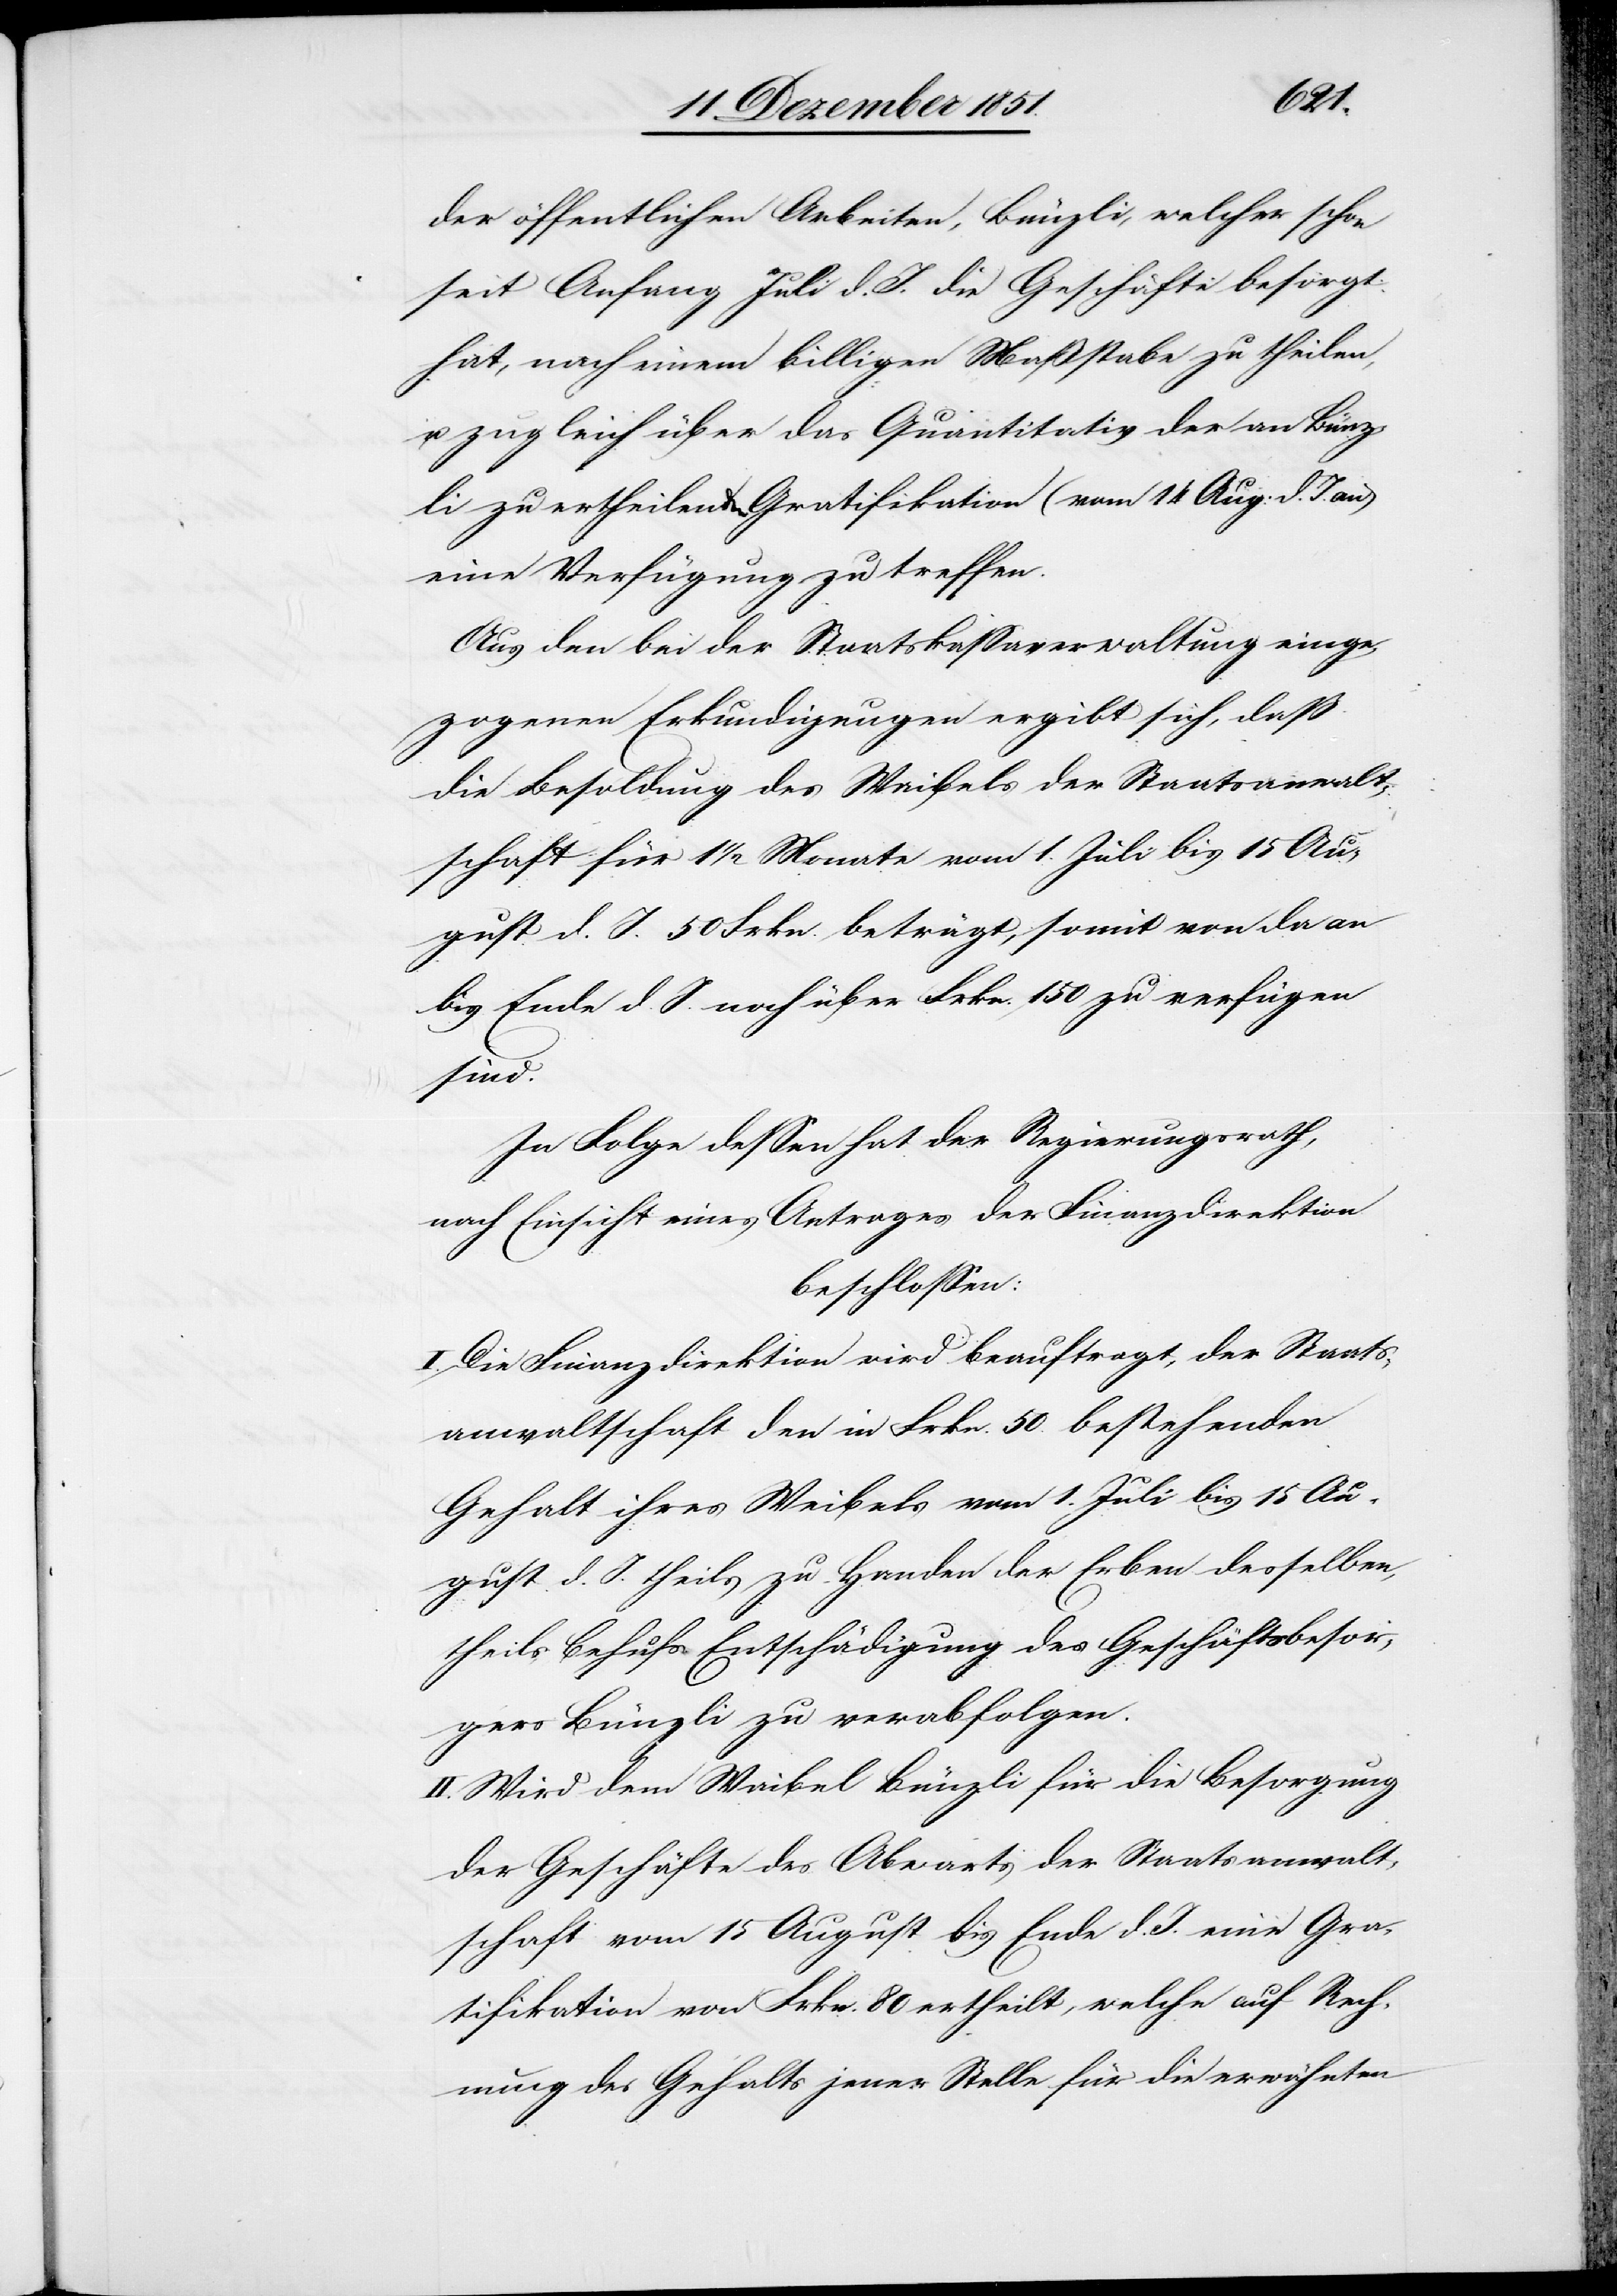
der öffentlichen Arbeiten, Bünzli, welcher schon
seit Anfang Juli d. J. die Geschäfte besorgt
hat, nach einem billigen Maßstabe zu theilen,
u. zugleich über das Quantitativ der an Bünz¬
li zu ertheilenden Gratifikation (vom 14 Aug: d. J. an)
eine Verfügung zu treffen.
Aus den bei der Staatskassaverwaltung einge¬
zogenen Erkundigungen ergibt sich, daß
die Besoldung des Waibels der Staatsanwalt¬
schaft für 1 1/2 Monate vom 1. Juli bis 15 Au¬
gust d. J. 50 Frkn. beträgt, somit von da an
bis Ende d. J. noch über Frkn. 150 zu verfügen
sind.
In Folge dessen hat der Regierungsrath,
nach Einsicht eines Antrages der Finanzdirektion
beschlossen:
I. Die Finanzdirektion wird beauftragt, der Staats¬
anwaltschaft den in Frkn. 50. bestehenden
Gehalt ihres Weibels vom 1. Juli bis 15 Au¬
gust d. J. theils zu Handen der Erben desselben,
theils Behufs Entschädigung des Geschäftsbesor¬
gers Bünzli zu verabfolgen.
II. Wird dem Waibel Bünzli für die Besorgung
der Geschäfte des Abwarts der Staatsanwalt¬
schaft vom 15 August bis Ende d. J. eine Gra¬
tifikation von Frkn. 80 ertheilt, welche auf Rech¬
nung des Gehalts jener Stelle für die erwähnten